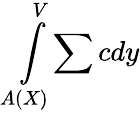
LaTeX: \int\limits_{A(X)}^{V}\sum cdy